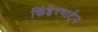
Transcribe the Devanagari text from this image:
किंडेरगार्टन